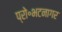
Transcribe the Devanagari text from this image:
प्रो॰भटनागर